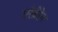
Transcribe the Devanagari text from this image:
एरेब्रेरेन